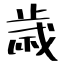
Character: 歳